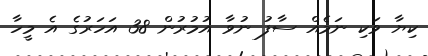
ކިޔާ ވަކި ނަމެއް ސާފު ނުވާ އުމުރުން 38 އަހަރުގެ އެ މީހާ